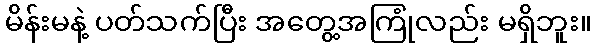
မိန်းမနဲ့ ပတ်သက်ပြီး အတွေ့အကြုံလည်း မရှိဘူး။